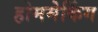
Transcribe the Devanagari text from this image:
होममेकिंग